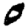
Digit: 0